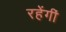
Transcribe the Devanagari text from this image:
रहेंगीं